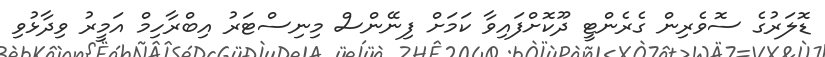
ޑޮލަރުގެ ސޮވެރިން ގެރެންޓީ ދޫކޮށްފައިވާ ކަމަށް ފިނޭންސް މިނިސްޓަރު އިބްރާހިމް އަމީރު ވިދާޅުވި